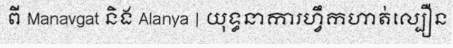
ពី Manavgat និង Alanya | យុទ្ធនាការហ្វឹកហាត់ល្បឿន